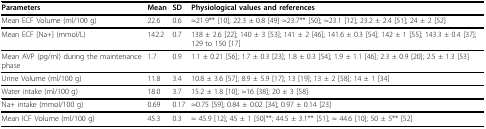
| Parameters | Mean | SD | Physiological values and references |
 | --- | --- | --- | --- |
 | Mean ECF Volume (ml/100 g) | 22.6 | 0.6 | ≈21.9** [10]; 22.3 ± 0.8 [49] ≈23.7** [50]; ≈23.1 [12]; 23.2 ± 2.4 [51]; 24 ± 2 [52] |
 | Mean ECF [Na+] (mmol/L) | 142.2 | 0.7 | 138 ± 2.6 [22]; 140 ± 3 [53]; 141 ± 2 [46]; 141.6 ± 0.3 [54]; 142 ± 1 [55]; 143.3 ± 0.4 [37]; 129 to 150 [17] |
 | Mean AVP (pg/ml) during the maintenance phase | 1.7 | 0.9 | 1.1 ± 0.21 [56]; 1.7 ± 0.3 [23]; 1.8 ± 0.3 [54]; 1.9 ± 1.1 [46]; 2.3 ± 0.9 [20]; 2.5 ± 1.3 [53] |
 | Urine Volume (ml/100 g) | 11.8 | 3.4 | 10.8 ± 3.6 [57]; 8.9 ± 5.9 [17]; 13 [19]; 13 ± 2 [58]; 14 ± 1 [34] |
 | Water intake (ml/100 g) | 18.0 | 3.7 | 15.2 ± 1.8 [10]; ≈16 [38]; 20 ± 3 [58] |
 | Na+ intake (mmol/100 g) | 0.69 | 0.17 | ≈0.75 [59]; 0.84 ± 0.02 [34]; 0.97 ± 0.14 [23] |
 | Mean ICF Volume (ml/100 g) | 45.3 | 0.3 | ≈ 45.9 [12]; 45 ± 1 [50]**; 44.5 ± 3.1** [51]; ≈ 44.6 [10]; 50 ± 5** [52] |